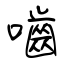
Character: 嚙